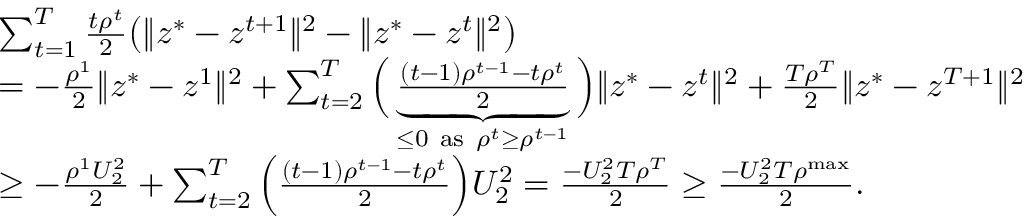
\begin{array} { r l } & { \sum _ { t = 1 } ^ { T } \frac { t \rho ^ { t } } { 2 } \big ( \| z ^ { * } - z ^ { t + 1 } \| ^ { 2 } - \| z ^ { * } - z ^ { t } \| ^ { 2 } \big ) } \\ & { = - \frac { \rho ^ { 1 } } { 2 } \| z ^ { * } - z ^ { 1 } \| ^ { 2 } + \sum _ { t = 2 } ^ { T } \Big ( \underbrace { \frac { ( t - 1 ) \rho ^ { t - 1 } - t \rho ^ { t } } { 2 } } _ { \leq 0 \mathrm { ~ a s ~ } \rho ^ { t } \geq \rho ^ { t - 1 } } \Big ) \| z ^ { * } - z ^ { t } \| ^ { 2 } + \frac { T \rho ^ { T } } { 2 } \| z ^ { * } - z ^ { T + 1 } \| ^ { 2 } } \\ & { \geq - \frac { \rho ^ { 1 } U _ { 2 } ^ { 2 } } { 2 } + \sum _ { t = 2 } ^ { T } \Big ( \frac { ( t - 1 ) \rho ^ { t - 1 } - t \rho ^ { t } } { 2 } \Big ) U _ { 2 } ^ { 2 } = \frac { - U _ { 2 } ^ { 2 } T \rho ^ { T } } { 2 } \geq \frac { - U _ { 2 } ^ { 2 } T \rho ^ { \mathrm { m a x } } } { 2 } . } \end{array}